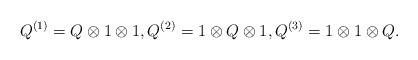
LaTeX: \begin{gather*} Q^{(1)}=Q\otimes 1\otimes 1, Q^{(2)}=1\otimes Q\otimes 1, Q^{(3)}=1\otimes 1\otimes Q.\end{gather*}